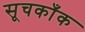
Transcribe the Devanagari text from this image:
सूचकाँक